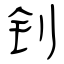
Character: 钊